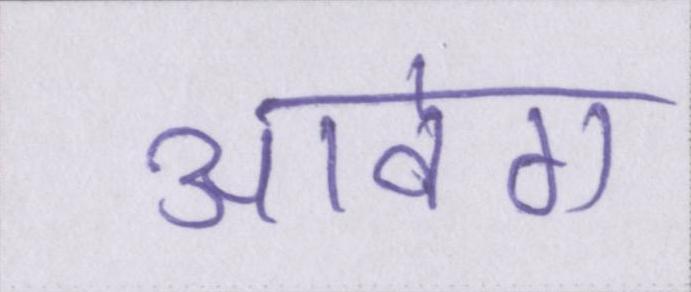
आवेग